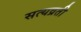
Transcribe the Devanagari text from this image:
सत्यव्रती